Civil Veterinary Department ledger series I-VI
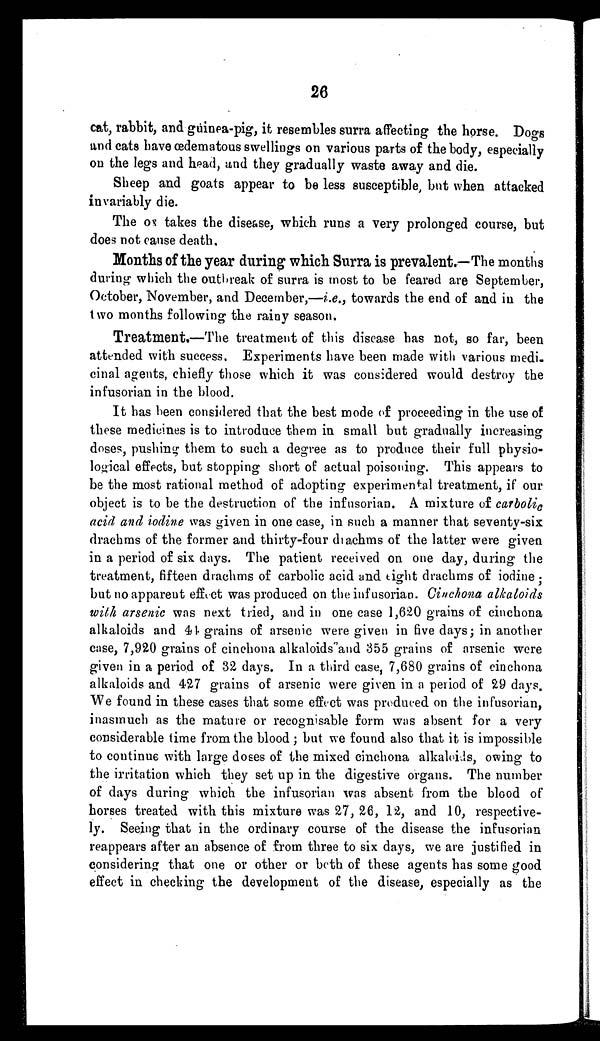
26
cat, rabbit, and guinea-pig, it resembles surra affecting the horse. Dogs
and cats have œdematous swellings on various parts of the body, especially
on the legs and head, and they gradually waste away and die.
Sheep and goats appear to be less susceptible, but when attacked
invariably die.
The ox takes the disease, which runs a very prolonged course, but
does not cause death.
Months of the year during which Surra is prevalent.—The months
during which the outbreak of surra is most to be feared are September,
October, November, and December,—i.e., towards the end of and in the
two months following the rainy season.
Treatment.—The treatment of this discase has not, so far, been
attended with success. Experiments have been made with various medi-
cinal agents, chiefly those which it was considered would destroy the
infusorian in the blood.
It has been considered that the best mode of proceeding in the use of
these medicines is to introduce them in small but gradually increasing
doses, pushing them to such a degree as to produce their full physio-
logical effects, but stopping short of actual poisoning. This appears to
be the most rational method of adopting experimental treatment, if our
object is to be the destruction of the infusorian. A mixture of carbolic
acid and iodine was given in one case, in such a manner that seventy-six
drachms of the former and thirty-four diachms of the latter were given
in a period of six days. The patient received on one day, during the
treatment, fifteen drachms of carbolic acid and tight drachms of iodine;
but no appareut effect was produced on the infusorian. Cinchona alkaloids
with arsenic was next tried, and in one case 1,620 grains of cinchona
alkaloids and 41 grains of arsenic were given in five days; in another
case, 7,920 grains of cinchona alkaloids and 355 grains of arsenic were
given in a period of 32 days. In a third case, 7,680 grains of cinchona
alkaloids and 427 grains of arsenic were given in a period of 29 days.
We found in these cases that some effect was produced on the infusorian,
inasmuch as the mature or recognisable form was absent for a very
considerable time from the blood; but we found also that it is impossible
to continue with large doses of the mixed cinchona alkaloids, owing to
the irritation which they set up in the digestive organs. The number
of days during which the infusorian was absent from the blood of
horses treated with this mixture was 27, 26, 12, and 10, respective-
ly. Seeing that in the ordinary course of the disease the infusorian
reappears after an absence of from three to six days, we are justified in
considering that one or other or both of these agents has some good
effect in checking the development of the disease, especially as the